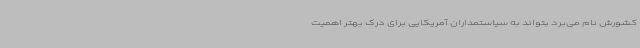
کشورش نام می‌برد بتواند به سیاستمداران آمریکایی برای درک بهتر اهمیت